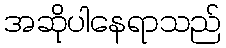
အဆိုပါနေရာသည်